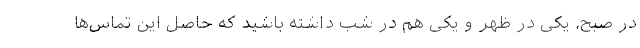
در صبح، یکی در ظهر و یکی هم در شب داشته باشید که حاصل این تماس‌ها